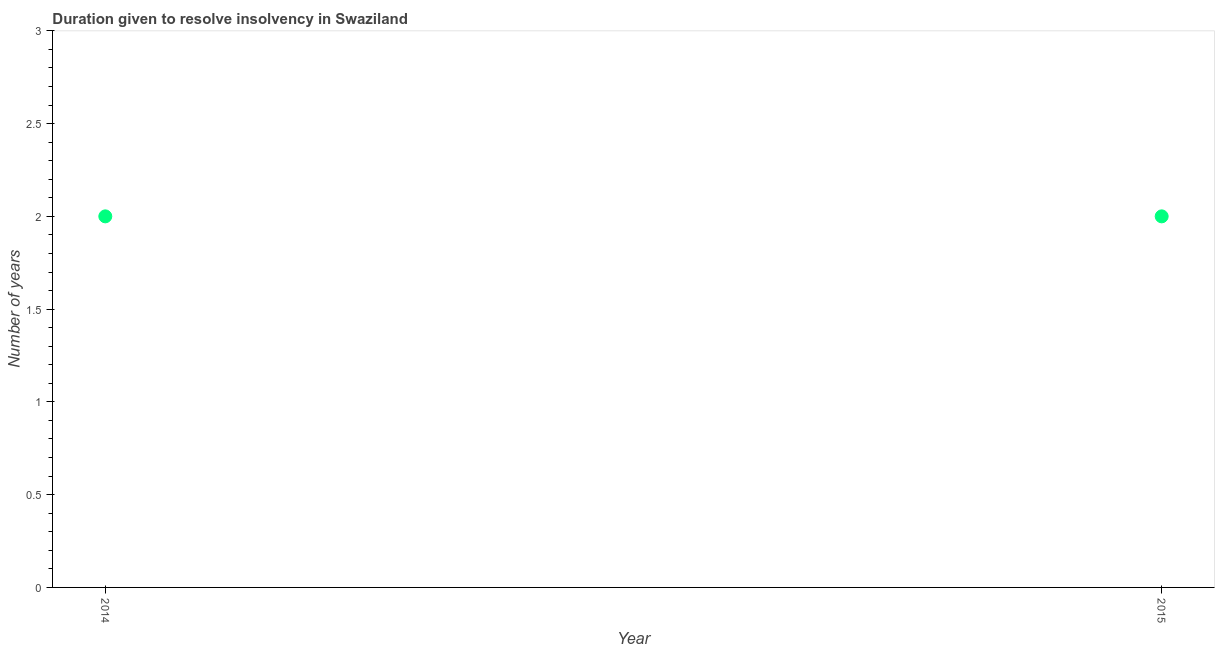
| Year | Resolve insolvency |
 | --- | --- |
 | 2014 | 2 |
 | 2015 | 2 |